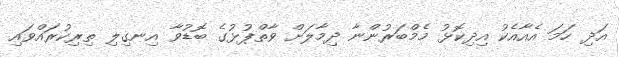
އަދި ހަމަ އެއާއެކު އިދިކޮޅު މެމްބަރުންނާ ދިމާލަށް ވާތްޕުޅުގެ ބޮޑުވާ އިނގިލި ތިރިކުރައްވައި